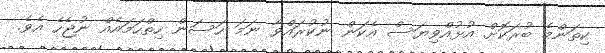
ކިތަންމެ ބުރަކޮށް އުޅުއްވިޔަސް އެކަން ނުކުރައްވާ ނަމަ ހަސަން ހިތްހަމައެއް ނުޖެހެ އެވެ.